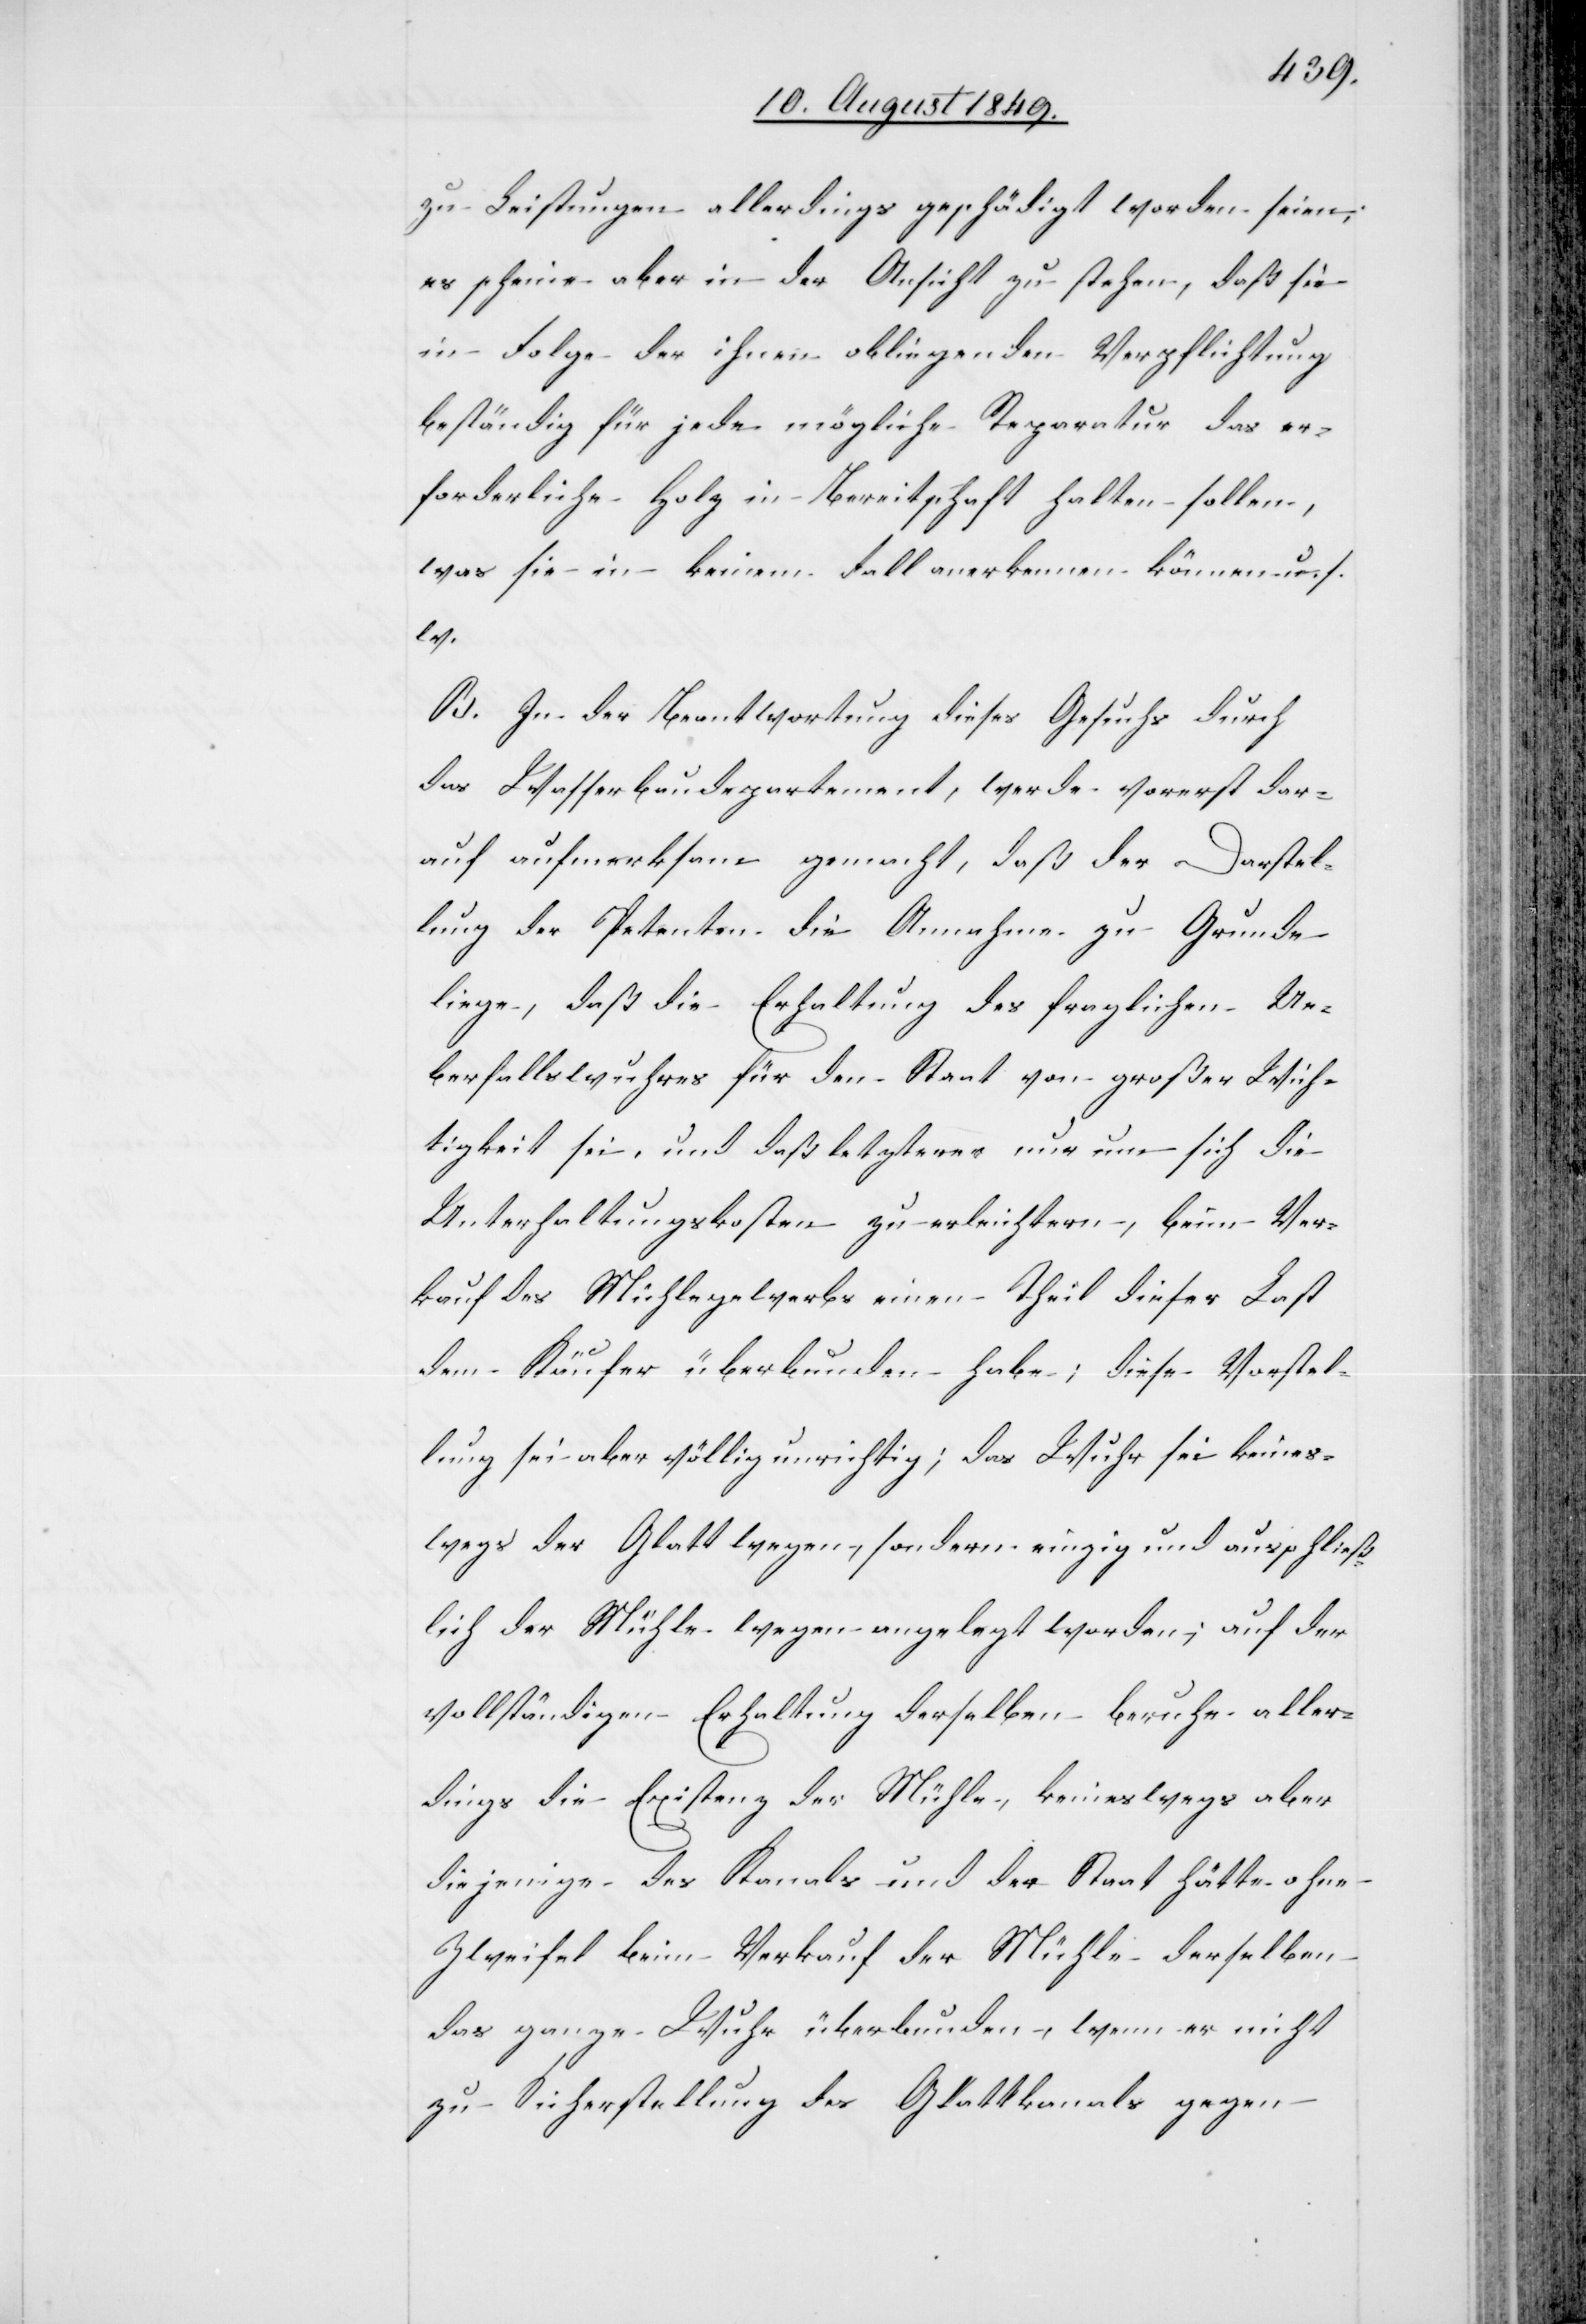
zu Leistungen allerdings geschädigt worden seien;
es schein aber in der Ansicht zu stehen, daß sie
in Folge der ihnen obliegenden Verpflichtung
beständig für jede mögliche Reparatur das er¬
forderliche Holz in Bereitschaft halten sollen,
was sie in keinem Fall anerkennen können u. s.
w.
B. In der Beantwortung dieses Gesuchs durch
das Wasserbaudepartement, werde vorerst dar¬
auf aufmerksam gemacht, daß der Darstel¬
lung der Petenten die Annahme zu Grunde
liege, daß die Erhaltung des fraglichen Ue¬
berfallswuhres für den Staat von großer Wich¬
tigkeit sei, und daß letzteres nur um sich die
Unterhaltungskosten zu erleichtern, beim Ver¬
kauf des Mühlegewerbs einen Theil dieser Last
dem Käufer überbunden habe; diese Vorstel¬
lung sei aber völlig unrichtig; das Wuhr sei keines¬
wegs der Glatt wegen, sondern einzig und ausschließ¬
lich der Mühle wegen angelegt worden; auf der
vollständigen Erhaltung derselben beruhe aller¬
dings die Existenz der Mühle, keineswegs aber
diejenige des Kanals und der Staat hätte ohne
Zweifel beim Verkauf der Mühle derselben
das ganze Wuhr überbunden, wenn er nicht
zu Sicherstellung des Glattkanals gegen